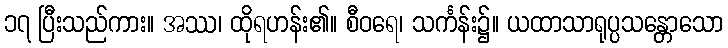
၁၇ ပြီးသည်ကား။ အဿ၊ ထိုရဟန်း၏။ စီဝရေ၊ သင်္ကန်း၌။ ယထာသာရုပ္ပသန္တောသော